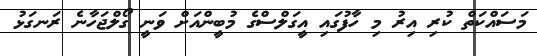
މަސައްކަތް ކުރި އިރު މި ހާފުގައި އީގަލްސްގެ މުބީންއަށް ވަނީ ގޯލްޖަހާނެ ރަނގަޅު